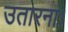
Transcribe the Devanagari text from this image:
उतारना।